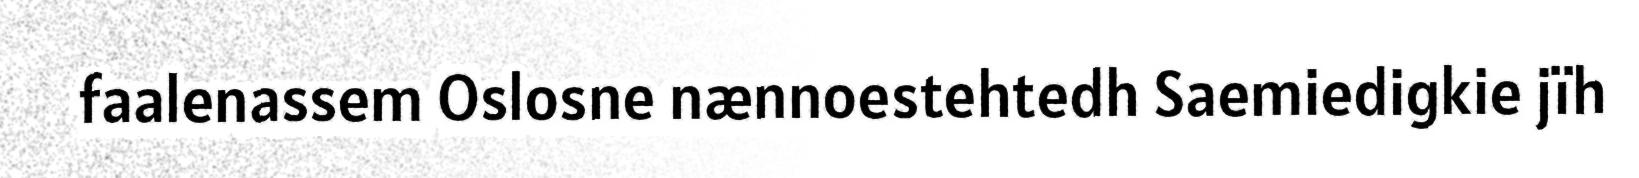
faalenassem Oslosne nænnoestehtedh Saemiedigkie jïh